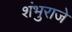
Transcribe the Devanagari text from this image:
शंभुराजे